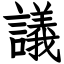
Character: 議